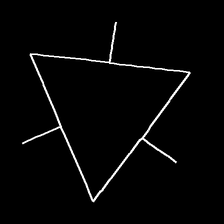
Glyph: fire